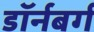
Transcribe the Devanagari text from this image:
डॉर्नबर्ग